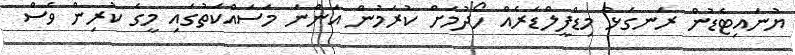
ޔުނައިޓެޑުން ރަނގަޅު މިޑްފީލްޑަރެއް ހޯދުމަށް ކުރަމުން އަންނަ މަސައްކަތުގައި މީގެ ކުރިން ވެސް